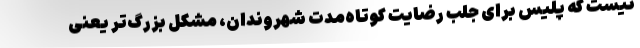
نیست که پلیس برای جلب رضایت کوتاه‌مدت شهروندان، مشکل بزرگ‌تر یعنی